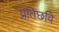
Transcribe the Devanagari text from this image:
प्रतिछवि